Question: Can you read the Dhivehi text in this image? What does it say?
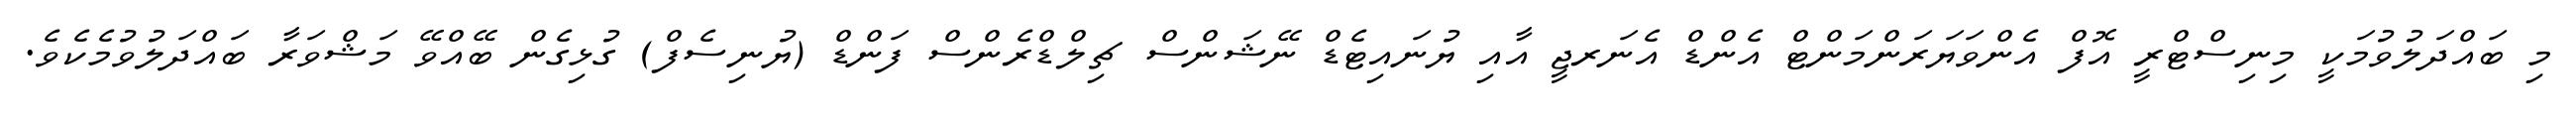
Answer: މި ބައްދަލުވުމަކީ މިނިސްޓްރީ އޮފް އެންވަޔަރަންމަންޓް އެންޑް އެނަރޖީ އާއި ޔުނައިޓެޑް ނޭޝަންސް ޗިލްޑްރެންސް ފަންޑް (ޔުނިސެފް) ގުޅިގެން ބޭއްވޭ މަޝްވަރާ ބައްދަލުވުމެކެވެ.